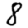
Digit: 8